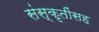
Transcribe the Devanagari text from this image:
संस्कृतींसह